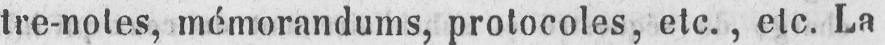
tre-notes, mémorandums, protocoles, etc., etc. La